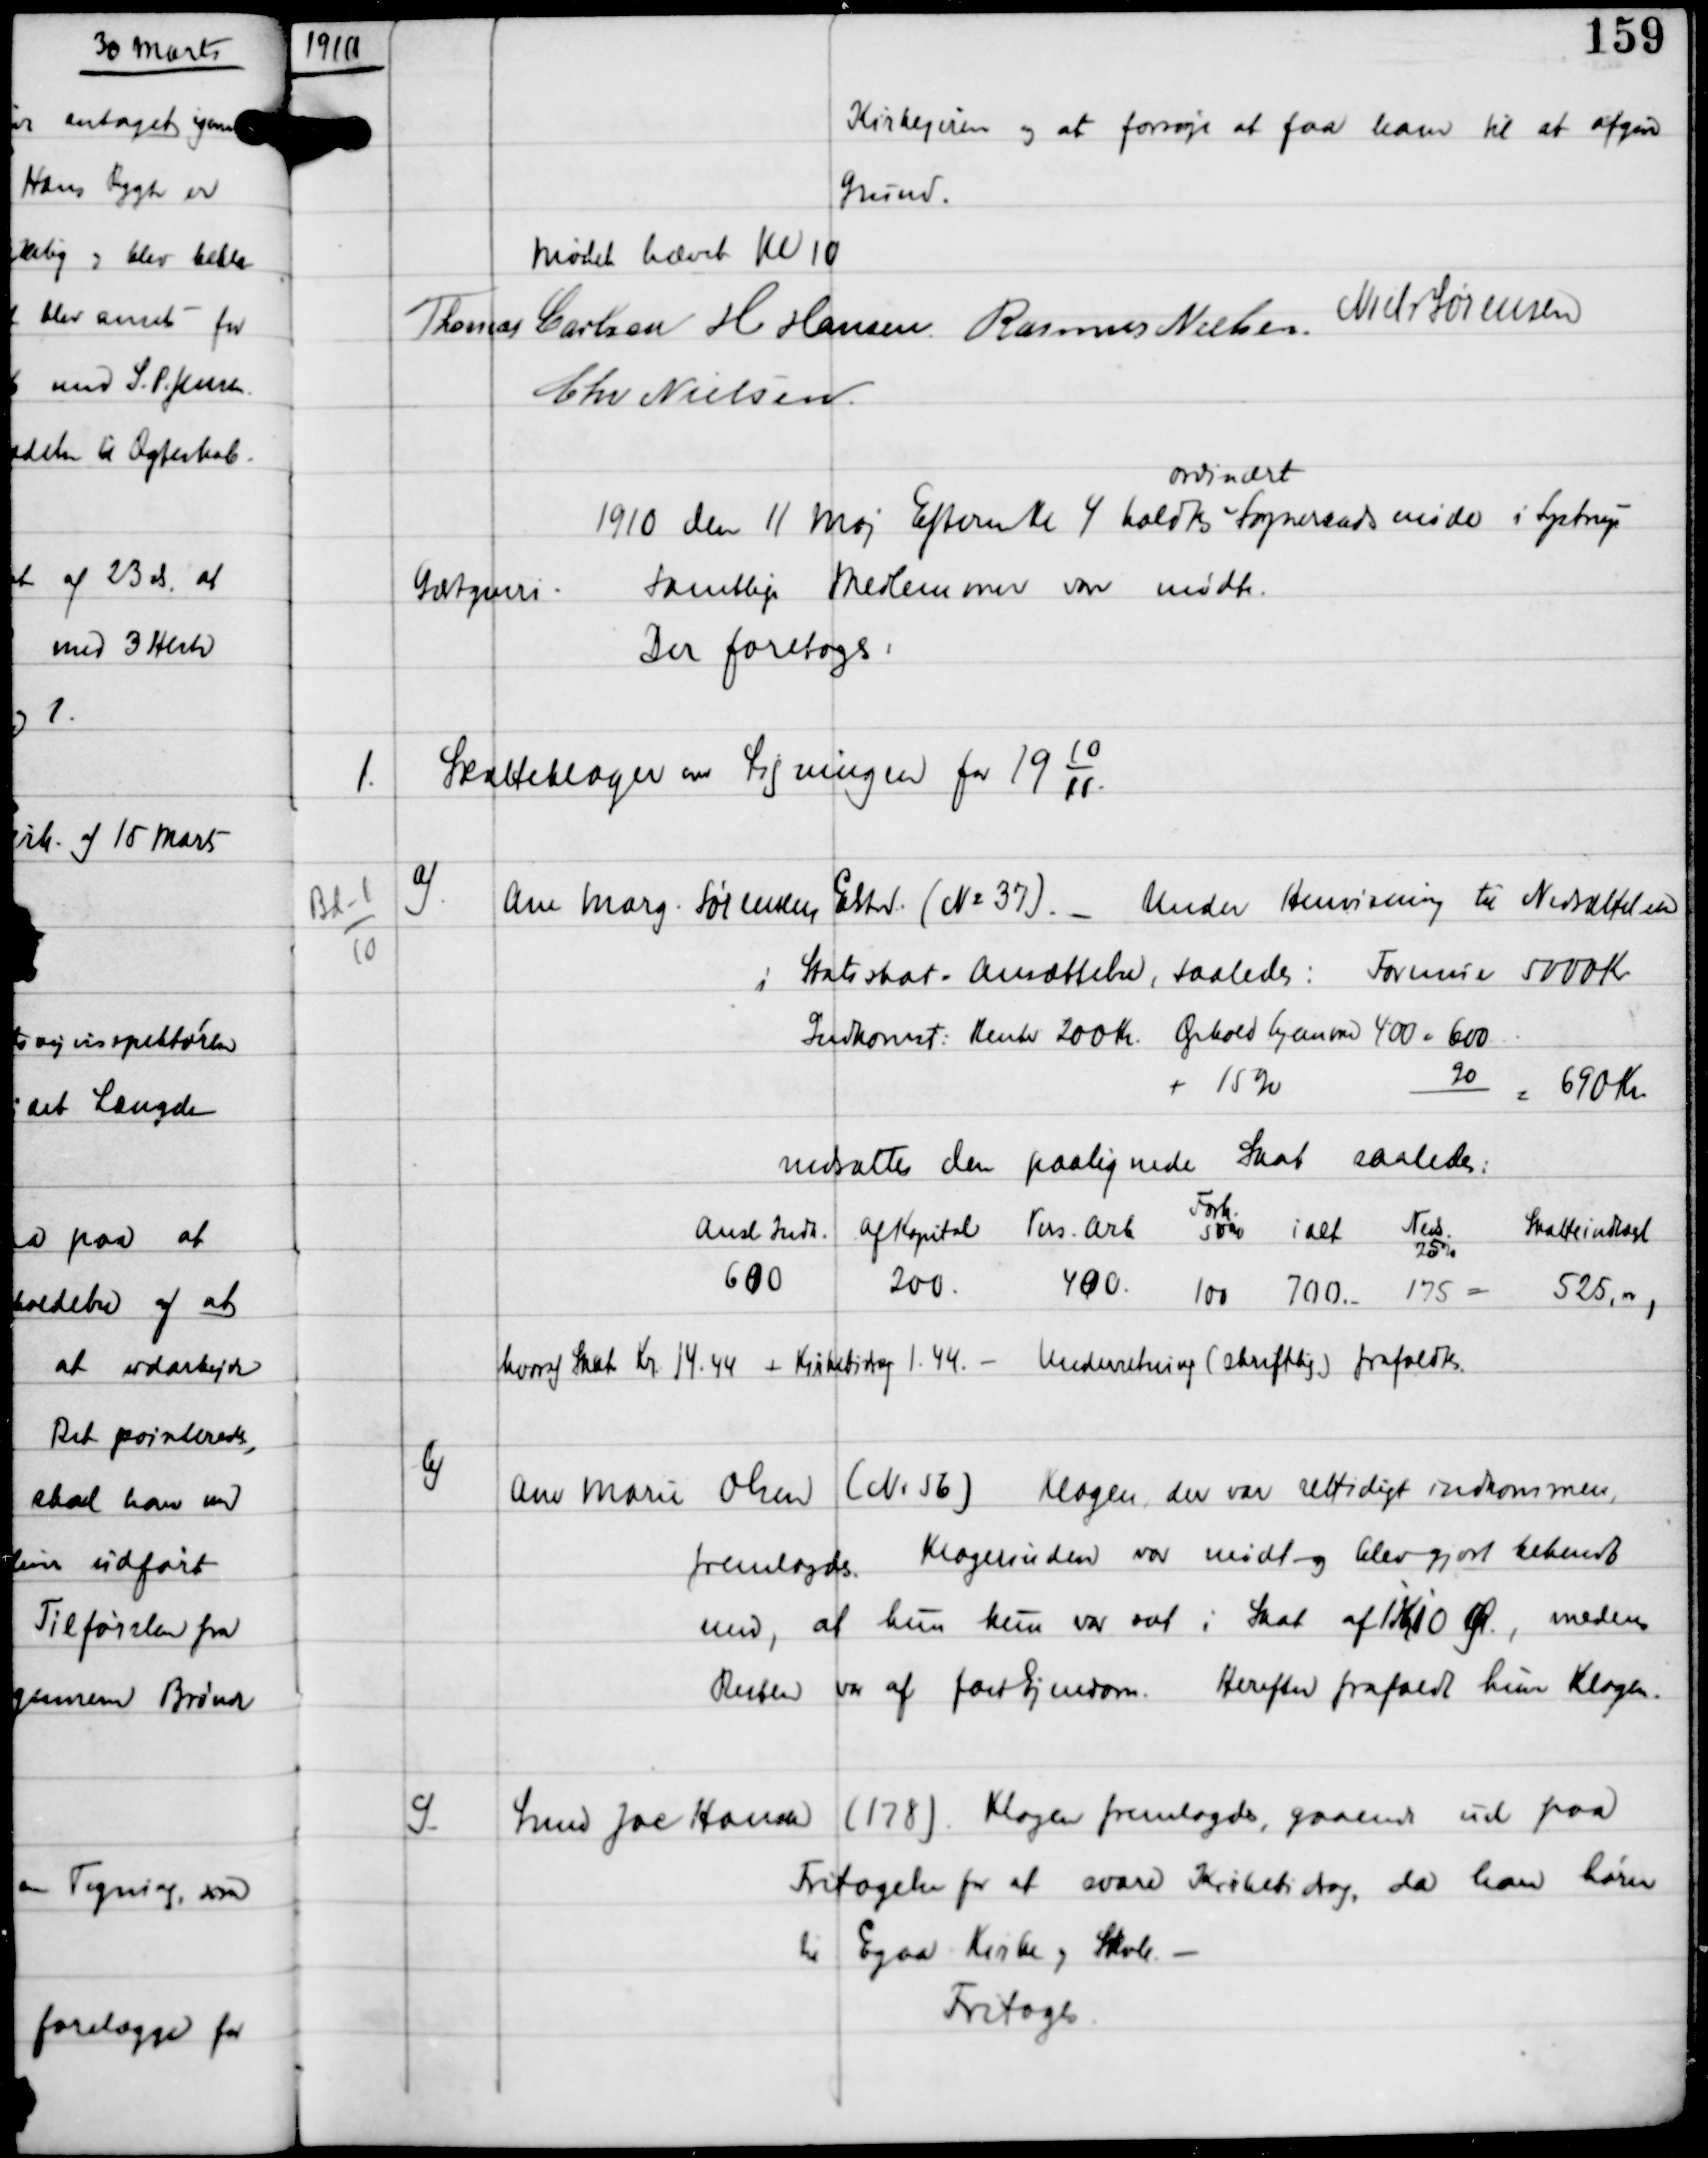
Transskription:
1910

Kirkeejeren og at forsøge at faa ham til at afgive
Grund.

Mødet hævet Kl 10
Thomas Carlsen H Hansen Rasmus Nielsen Niels Sørensen
Chr Nielsen

1910 den 11 Maj Efterm Kl 4 holdtes
ordinært
Sogneraadsmøde i Lystrup
Gæstgiveri.
Samtlige Medlemmer vare mødte.
Der foretoges:

1.

Skatteklager om Ligningen for 19
10
11.

Bd-1
10

a)

Ane Marg Sørensen, Elsted (No 37) -
Under Henvisning til Nedsættelsen
i Statsskat - Ansættelse, saaledes:
Formue 5000 Kr
Indkomst: Renter 200 Kr Ophold hjemme 400 = 600
+ 15%
90
= 690 Kr

nedsættes den paalignede Skat saaledes:

heraf Skat Kr 14.44 + Kirkebidrag 1.44 - Underretning (skriftlig) frafaldtes

b)

Ane Marie Olsen (No 56)
Klagen der var rettidigt indkommen
fremlagdes. Klagerinden var mødt og blev gjort bekendt
med, at hun kun var sat i Skat af 1 Kr 10 Ø, medens
Resten var af fast Ejendom.
Herefter frafaldt hun Klagen.

c)

Smed Joe Hansen (178)
Klagen fremlagdes, gaaende ud paa
Fritagelse fra at svare Kirkebidrag, da han hører
til Egaa Kirke og Skole. -
Fritages.